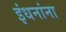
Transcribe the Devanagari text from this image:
इंधनांना